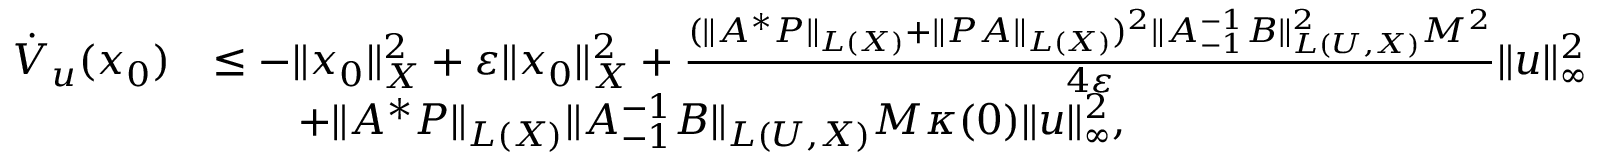
\begin{array} { r l } { \dot { V } _ { u } ( x _ { 0 } ) } & { \le - \| x _ { 0 } \| _ { X } ^ { 2 } + \varepsilon \| x _ { 0 } \| _ { X } ^ { 2 } + \frac { ( \| A ^ { \ast } P \| _ { L ( X ) } + \| P A \| _ { L ( X ) } ) ^ { 2 } \| A _ { - 1 } ^ { - 1 } B \| _ { L ( U , X ) } ^ { 2 } M ^ { 2 } } { 4 \varepsilon } \| u \| _ { \infty } ^ { 2 } } \\ & { \qquad + \| A ^ { \ast } P \| _ { L ( X ) } \| A _ { - 1 } ^ { - 1 } B \| _ { L ( U , X ) } M \kappa ( 0 ) \| u \| _ { \infty } ^ { 2 } , } \end{array}